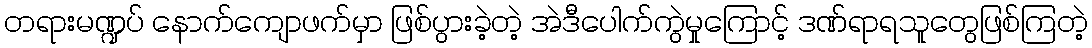
တရားမဏ္ဍပ် နောက်ကျောဖက်မှာ ဖြစ်ပွားခဲ့တဲ့ အဲဒီပေါက်ကွဲမှုကြောင့် ဒဏ်ရာရသူတွေဖြစ်ကြတဲ့